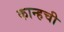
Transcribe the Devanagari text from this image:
कान्हची